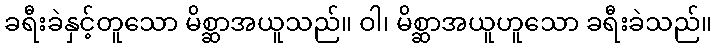
ခရီးခဲနှင့်တူသော မိစ္ဆာအယူသည်။ ဝါ၊ မိစ္ဆာအယူဟူသော ခရီးခဲသည်။